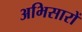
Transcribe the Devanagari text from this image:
अभिसारों